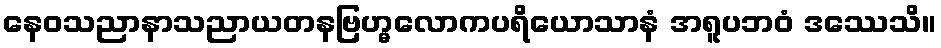
နေဝသညာနာသညာယတနဗြဟ္မလောကပရိယောသာနံ အရူပဘဝံ ဒဿေသိ။